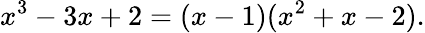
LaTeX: x^{3}-3x+2=(x-1)(x^{2}+x-2).